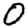
Digit: 0